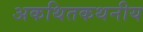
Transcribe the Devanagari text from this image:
अकथितकथनीय